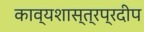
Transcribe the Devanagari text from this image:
काव्यशास्त्रप्रदीप